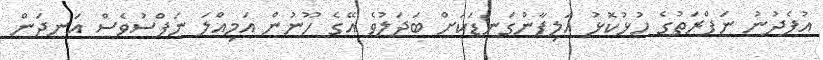
އުފެދުނު ނަފްރަތުގެ ހުޅުކޮޅު އަލިފާންގަނޑަކަށް ބަދަލުވެ އޭގެ ހޫނުން އަމިއްލަ ނަފްސުވެސް އަނދަން